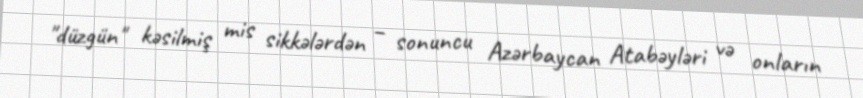
"düzgün" kəsilmiş mis sikkələrdən – sonuncu Azərbaycan Atabəyləri və onların